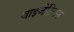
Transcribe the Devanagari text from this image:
बाइजेंटियम